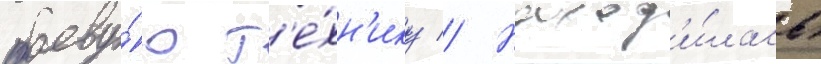
боеву́ю т'е́хн'ику // Наход'и́лась